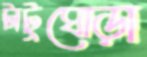
টাটুঘোড়া